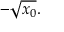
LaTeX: - { \sqrt { x _ { 0 } } } .